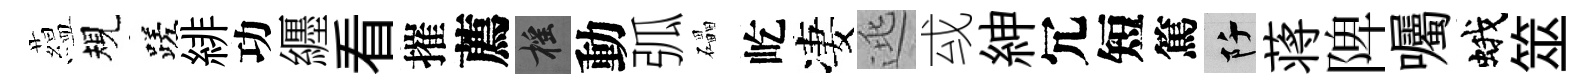
藴規蹉緋功纒看摧薦摇動弧礧屹凄逃㦯紳冗短篤阡蒋陴囑蛾筮